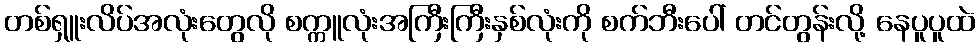
တစ်ရှူးလိပ်အလုံးတွေလို စက္ကူလုံးအကြီးကြီးနှစ်လုံးကို စက်ဘီးပေါ် တင်တွန်းလို့ နေပူပူထဲ